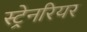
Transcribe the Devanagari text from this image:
स्ट्रेनरियर